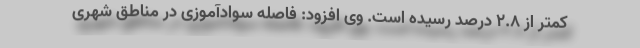
کمتر از ۲.۸ درصد رسیده است. وی افزود: فاصله سوادآموزی در مناطق شهری